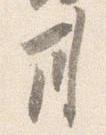
甘